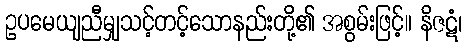
ဥပမေယျညီမျှသင့်တင့်သောနည်းတို့၏ အစွမ်းဖြင့်။ နိဇဋံ၊